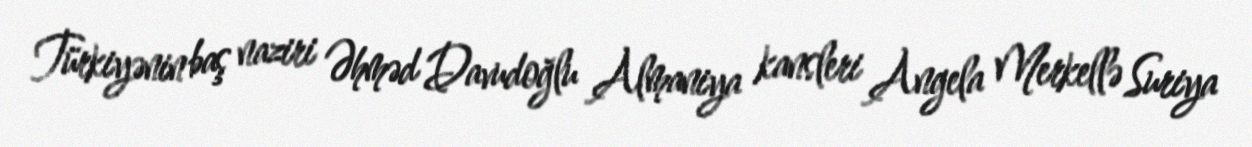
Türkiyənin baş naziri Əhməd Davudoğlu Almaniya kansleri Angela Merkellə Suriya